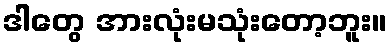
ဒါတွေ အားလုံးမသုံးတော့ဘူး။